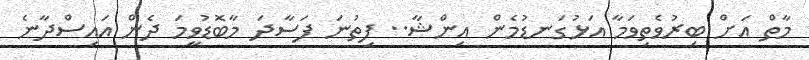
މާތް އަށް ބިރުވެތިވަމާ އަޅުގަނޑުމެން އިންޝާ.. ފިތުނަ ފަސާދަ މާބޮޑުވީމަ ދެން އައިސްދާނެ